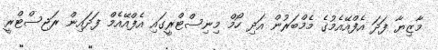
މާޒިޔާ ފަދަ އެފްއޭއެމުގެ މެމްބަރުން އަދި ހޯމް މިނިސްޓްރީގައި އެފްއޭއެމް ފަދައިން ރަޖިސްޓްރީ